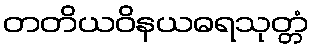
တတိယဝိနယဓရသုတ္တံ